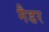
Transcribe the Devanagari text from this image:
नैडर